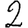
Digit: 2